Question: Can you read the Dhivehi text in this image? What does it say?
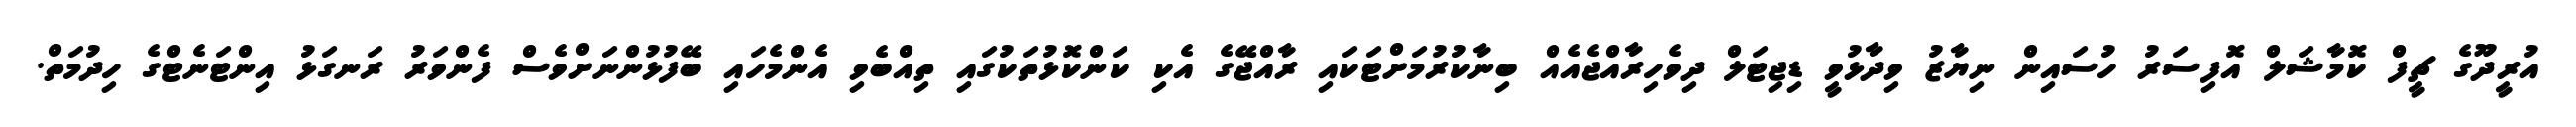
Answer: އުރީދޫގެ ޗީފް ކޮމާޝަލް އޮފިސަރު ހުސައިން ނިޔާޒު ވިދާޅުވީ ޑިޖިޓަލް ދިވެހިރާއްޖެއެއް ބިނާކުރުމަށްޓަކައި ރާއްޖޭގެ އެކި ކަންކޮޅުތަކުގައި ތިއްބެވި އެންމެހައި ބޭފުޅުންނަށްވެސް ފެންވަރު ރަނގަޅު އިންޓަނެޓްގެ ހިދުމަތް.